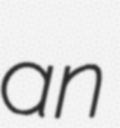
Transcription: an